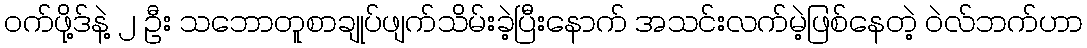
ဝက်ဖို့ဒ်နဲ့ ၂ ဦး သဘောတူစာချုပ်ဖျက်သိမ်းခဲ့ပြီးနောက် အသင်းလက်မဲ့ဖြစ်နေတဲ့ ဝဲလ်ဘက်ဟာ